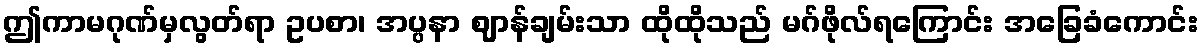
ဤကာမဂုဏ်မှလွတ်ရာ ဥပစာ၊ အပ္ပနာ ဈာန်ချမ်းသာ ထိုထိုသည် မဂ်ဖိုလ်ရကြောင်း အခြေခံကောင်း